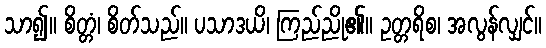
သာ၍။ စိတ္တံ၊ စိတ်သည်။ ပသာဒယိ၊ ကြည်ညို၏။ ဥတ္တရိစ၊ အလွန်လျှင်။